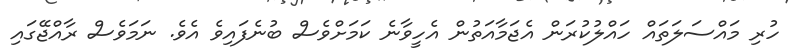
ހުރި މައްސަލަތައް ހައްލުކުރަން އެޖަމާއަތުން އެހީވާނެ ކަމަށްވެސް ބުނެފައިވެ އެވެ. ނަމަވެސް ރާއްޖޭގައި